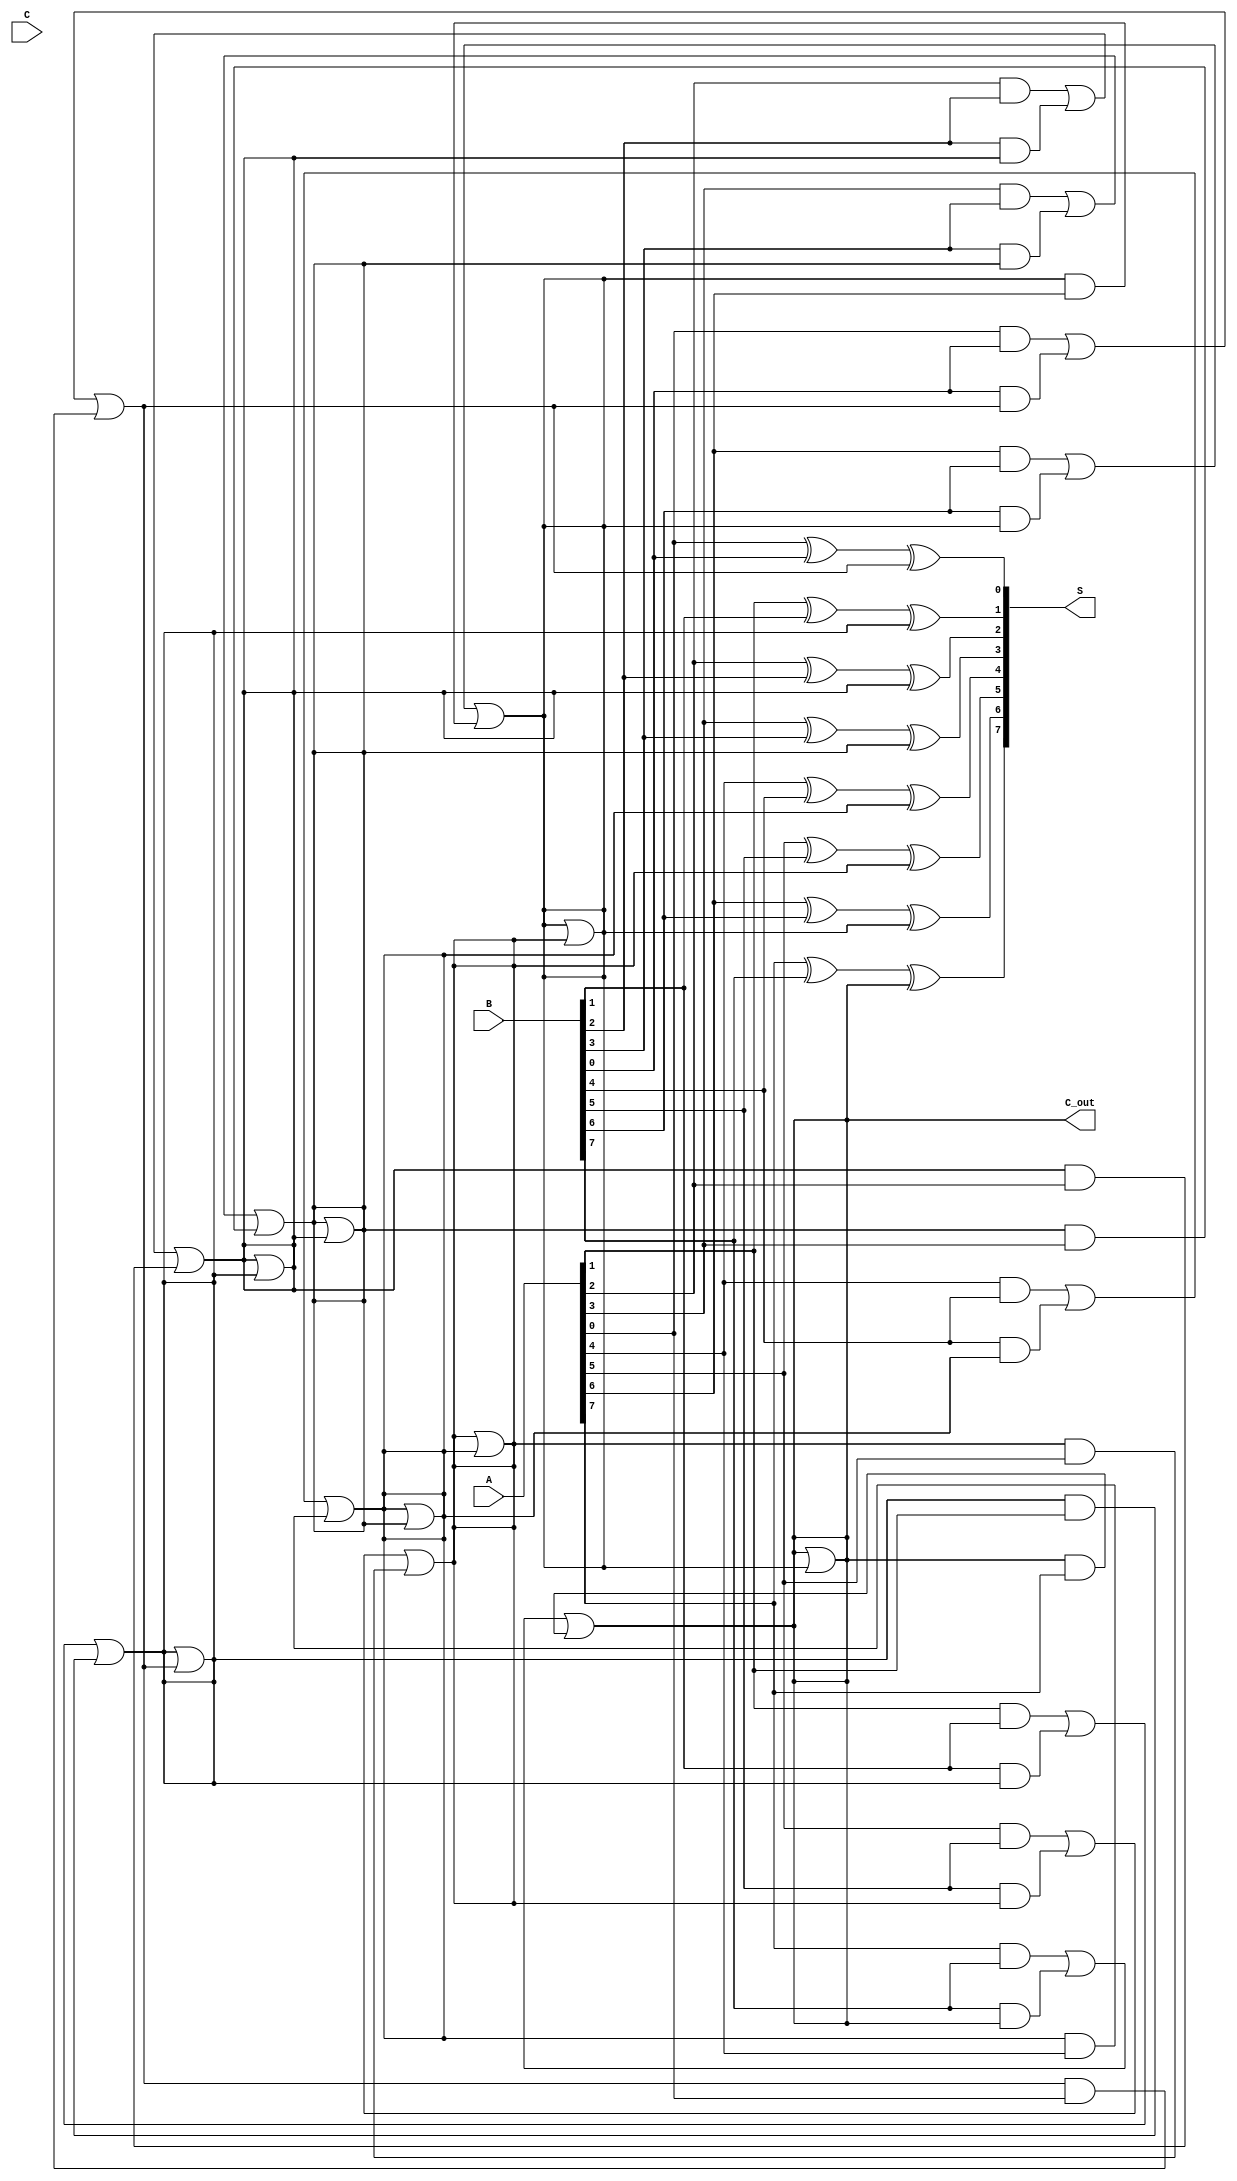
module RippleCarrySaveAdder #(
    parameter n = 8  // Define the bit width of the inputs
)(
    input  [n-1:0] A, // First input
    input  [n-1:0] B, // Second input
    input  [n-1:0] C, // Third input
    output [n-1:0] S, // Sum output
    output         C_out // Final carry output
);

    wire [n-1:0] P; // Partial sums
    wire [n-1:0] C; // Intermediate carries

    // Generate partial sums and carries
    genvar i;
    generate
        for (i = 0; i < n; i = i + 1) begin : RCSA
            // Partial sum for bit i
            assign P[i] = A[i] ^ B[i] ^ C[i];

            // Carry generation for bit i
            assign C[i] = (A[i] & B[i]) | (B[i] & C[i]) | (C[i] & A[i]);

            // Propagate carry to the next bit, if not the last bit
            if (i > 0) begin
                assign C[i] = C[i] | (C[i-1]);
            end
        end
    endgenerate

    // Assign final sum and carry out
    assign S = P;
    assign C_out = C[n-1]; // Final carry output from the last bit

endmodule